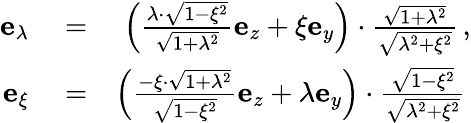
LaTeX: \begin{array}{rlr}{\mathbf{e}_{\lambda}}&{{}=}&{\left(\frac{\lambda\cdot\sqrt{1-\xi^{2}}}{\sqrt{1+\lambda^{2}}}\mathbf{e}_{z}+\xi\mathbf{e}_{y}\right)\cdot\frac{\sqrt{1+\lambda^{2}}}{\sqrt{\lambda^{2}+\xi^{2}}}\, ,}\\ {\mathbf{e}_{\xi}}&{{}=}&{\left(\frac{-\xi\cdot\sqrt{1+\lambda^{2}}}{\sqrt{1-\xi^{2}}}\mathbf{e}_{z}+\lambda\mathbf{e}_{y}\right)\cdot\frac{\sqrt{1-\xi^{2}}}{\sqrt{\lambda^{2}+\xi^{2}}}\, }\end{array}